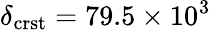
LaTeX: \delta_{\mathrm{crst}}=79.5\times 10^{3}